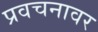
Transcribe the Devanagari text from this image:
प्रवचनावर